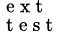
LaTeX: _\mathrm{~t~e~s~t~}^{\mathrm{~e~x~t~}}